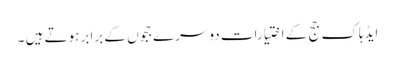
ایڈہاک جج کے اختیارات دوسرے ججوں کے برابر ہوتے ہیں ۔